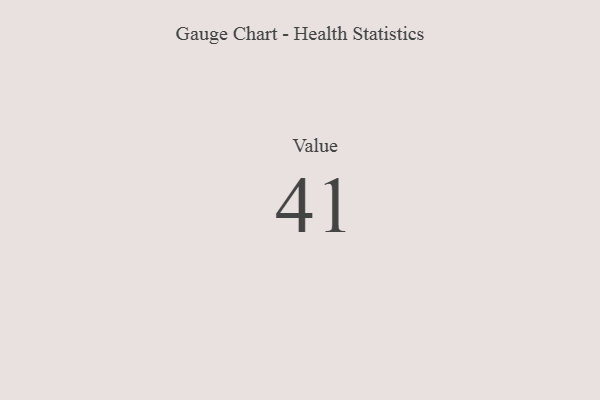
{"axis": {"x": "Metric", "y": "Value"}, "legend": [""], "data": [{"x": "Value", "y": 41, "type": ""}]}